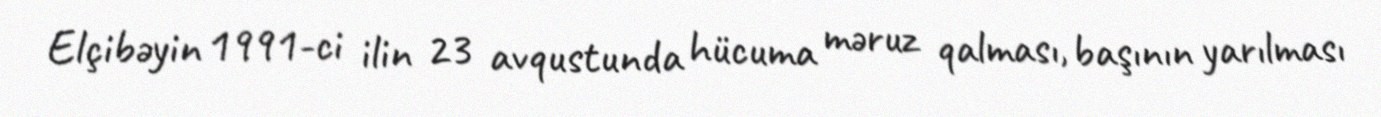
Elçibəyin 1991-ci ilin 23 avqustunda hücuma məruz qalması, başının yarılması